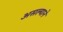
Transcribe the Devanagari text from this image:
असल्याने